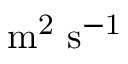
\mathrm { m ^ { 2 } ~ s ^ { - 1 } }